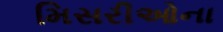
મિસરીઓના